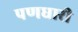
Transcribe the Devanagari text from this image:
पणधारी